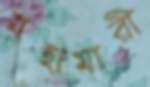
মহামারী